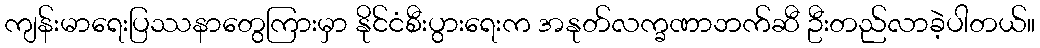
ကျန်းမာရေးပြဿနာတွေကြားမှာ နိုင်ငံစီးပွားရေးက အနုတ်လက္ခဏာဘက်ဆီ ဦးတည်လာခဲ့ပါတယ်။